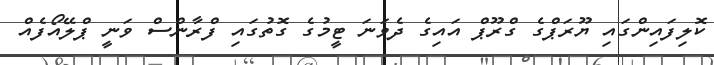
ކޮލިފައިންގައި ޔޫރަޕްގެ ގްރޫޕް އައިގެ ދެވަނަ ޓީމުގެ ގޮތުގައި ފްރާންސް ވަނީ ޕްލޭއޯފެއް